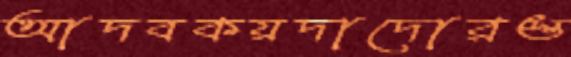
আদবকয়দাদোরস্ত